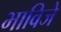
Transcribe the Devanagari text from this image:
भाविजे